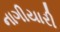
નાગીયારી